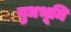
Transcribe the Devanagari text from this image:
युधभूमि